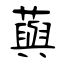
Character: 藇